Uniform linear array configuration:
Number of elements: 16
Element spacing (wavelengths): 0.25
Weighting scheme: blackman
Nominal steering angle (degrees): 0
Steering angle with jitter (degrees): -1.317
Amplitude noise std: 0.05
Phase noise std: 0.05

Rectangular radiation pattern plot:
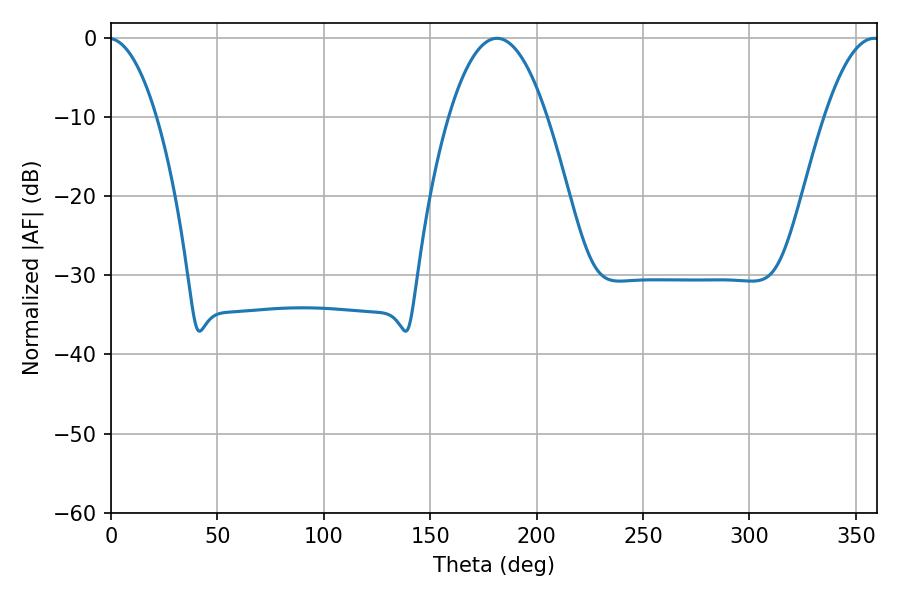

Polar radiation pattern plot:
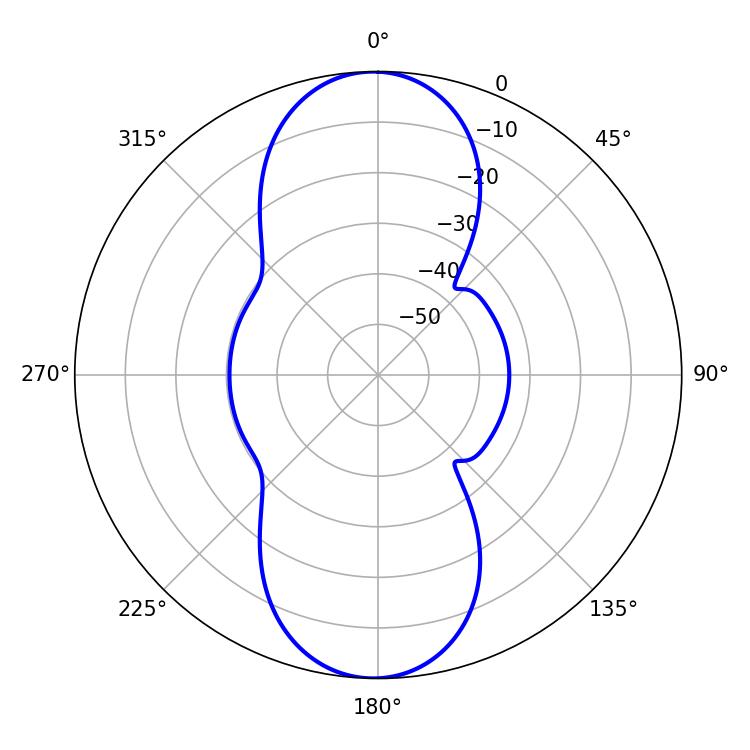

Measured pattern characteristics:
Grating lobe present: FALSE
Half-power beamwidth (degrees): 25.38
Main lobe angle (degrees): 181.44